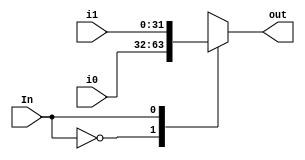
module Mux(In, out, i0, i1);

input wire [31:0] i0, i1;

input wire In;

output reg [31:0]out;

always @ (i0, i1, In)

begin
	case (In)
              1'b0 : out <= i0;
              1'b1 : out <= i1;

	endcase

end

endmodule